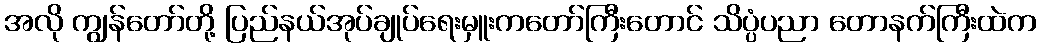
အလို ကျွန်တော်တို့ ပြည်နယ်အုပ်ချုပ်ရေးမှူးကတော်ကြီးတောင် သိပ္ပံပညာ တောနက်ကြီးထဲက